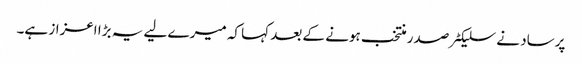
پرساد نے سلیکٹر صدر منتخب ہونے کے بعد کہا کہ میرے لیے یہ بڑا اعزاز ہے۔